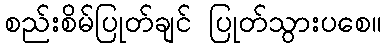
စည်းစိမ်ပြုတ်ချင် ပြုတ်သွားပစေ။